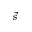
\vec { s }